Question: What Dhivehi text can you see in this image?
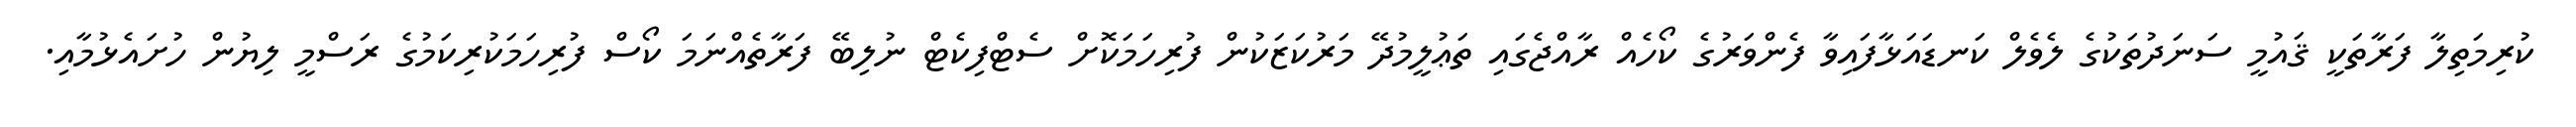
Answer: ކުރިމަތިލާ ފަރާތަކީ ޤައުމީ ސަނަދުތަކުގެ ލެވެލް ކަނޑައަޅާފައިވާ ފެންވަރުގެ ކޯހެއް ރާއްޖެގައި ތަޢުލީމުދޭ މަރުކަޒަކުން ފުރިހަމަކޮށް ސެޓްފިކެޓް ނުލިބޭ ފަރާތެއްނަމަ ކޯސް ފުރިހަމަކުރިކަމުގެ ރަސްމީ ލިޔުން ހުށައެޅުމާއި.